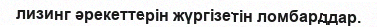
лизинг әрекеттерін жүргізетін ломбарддар.